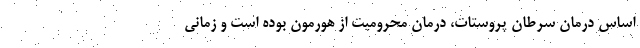
اساس درمان سرطان پروستات، درمان محرومیت از هورمون بوده است و زمانی